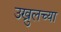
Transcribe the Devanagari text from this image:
उख्रुलच्या